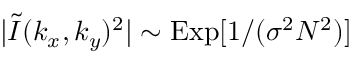
| \tilde { I } ( k _ { x } , k _ { y } ) ^ { 2 } | \sim \mathrm { E x p } [ 1 / ( \sigma ^ { 2 } N ^ { 2 } ) ]